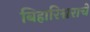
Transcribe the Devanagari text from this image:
बिहारिश्वराचे